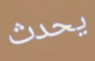
يحدث